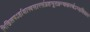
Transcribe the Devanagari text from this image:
निखिलषऽर्हाशास्त्रसारसंग्रहभूतग्रन्थकरणेऽप्यधिकारः